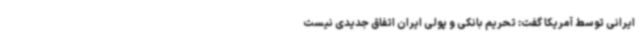
ایرانی توسط آمریکا گفت:‌ تحریم بانکی و پولی ایران اتفاق جدیدی نیست